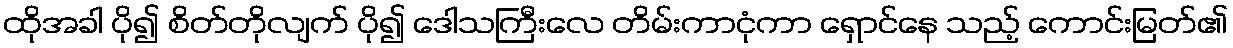
ထိုအခါ ပို၍ စိတ်တိုလျက် ပို၍ ဒေါသကြီးလေ တိမ်းကာငုံကာ ရှောင်နေ သည့် ကောင်းမြတ်၏